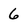
Character: 6